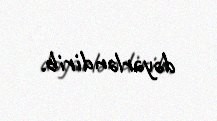
dəyərləndirib.